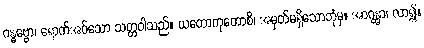
ဂန္ဓဗ္ဗော၊ ရောက်အပ်သော သတ္တဝါသည်။ ယတောကုတောစိ၊ အမှတ်မရှိသောဘုံမှ။ အာဂန္တွာ၊ လာ၍။